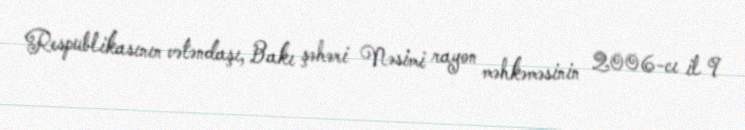
Respublikasının vətəndaşı, Bakı şəhəri Nəsimi rayon məhkəməsinin 2006-cı il 9